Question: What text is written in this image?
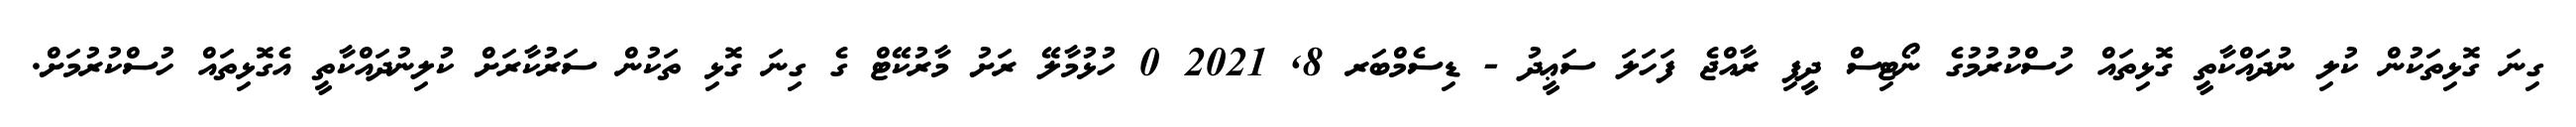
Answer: ގިނަ ގޮޅިތަކުން ކުލި ނުދައްކާތީ ގޮޅިތައް ހުސްކުރުމުގެ ނޯޓިސް ދީފި ރާއްޖެ ފަހަލަ ސަޢީދު - ޑިސެމްބަރ 8, 2021 0 ހުޅުމާލޭ ރަށު މާރުކޭޓް ގެ ގިނަ ގޮޅި ތަކުން ސަރުކާރަށް ކުލިނުދައްކާތީ އެގޮޅިތައް ހުސްކުރުމަށް.